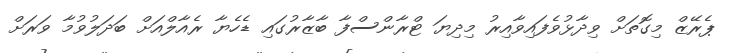
ޕެރޭޒް މިގޮތަށް ވިދާޅުވެފައިވާއިރު މިދިޔަ ޓްރާންސްފާ ބާޒާރުގައި ޑެހެޔާ ރެއާލްއަށް ބަދަލުވުމާ ވަރަށް